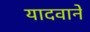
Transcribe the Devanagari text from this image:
यादवाने